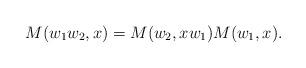
LaTeX: \begin{gather*}M( w_{1}w_{2},x) =M( w_{2},xw_{1}) M (w_{1},x) .\end{gather*}